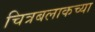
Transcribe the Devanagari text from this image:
चित्रबलाकच्या